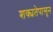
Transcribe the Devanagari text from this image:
शक्यतेपासून